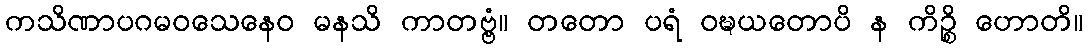
ကသိဏာပဂမဝသေနေဝ မနသိ ကာတဗ္ဗံ။ တတော ပရံ ဝဍ္ဎယတောပိ န ကိဉ္စိ ဟောတိ။